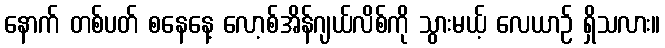
နောက် တစ်ပတ် စနေနေ့ လော့စ်အိန်ဂျယ်လိစ်ကို သွားမယ့် လေယာဉ် ရှိသလား။